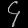
Digit: ၄